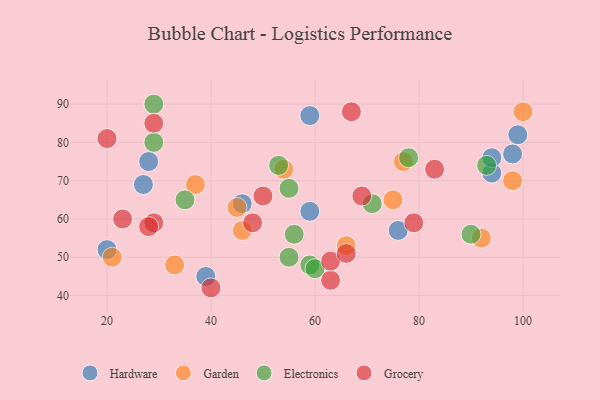
{"axis": {"x": "GDP", "y": "Life Expectancy"}, "legend": ["Electronics", "Garden", "Grocery", "Hardware"], "data": [{"x": "27", "y": 69, "type": "Hardware"}, {"x": "99", "y": 82, "type": "Hardware"}, {"x": "59", "y": 87, "type": "Hardware"}, {"x": "94", "y": 72, "type": "Hardware"}, {"x": "76", "y": 57, "type": "Hardware"}, {"x": "46", "y": 64, "type": "Hardware"}, {"x": "20", "y": 52, "type": "Hardware"}, {"x": "59", "y": 62, "type": "Hardware"}, {"x": "28", "y": 75, "type": "Hardware"}, {"x": "39", "y": 45, "type": "Hardware"}, {"x": "94", "y": 76, "type": "Hardware"}, {"x": "98", "y": 77, "type": "Hardware"}, {"x": "100", "y": 88, "type": "Garden"}, {"x": "37", "y": 69, "type": "Garden"}, {"x": "33", "y": 48, "type": "Garden"}, {"x": "54", "y": 73, "type": "Garden"}, {"x": "75", "y": 65, "type": "Garden"}, {"x": "77", "y": 75, "type": "Garden"}, {"x": "66", "y": 53, "type": "Garden"}, {"x": "92", "y": 55, "type": "Garden"}, {"x": "46", "y": 57, "type": "Garden"}, {"x": "21", "y": 50, "type": "Garden"}, {"x": "45", "y": 63, "type": "Garden"}, {"x": "98", "y": 70, "type": "Garden"}, {"x": "93", "y": 74, "type": "Electronics"}, {"x": "55", "y": 50, "type": "Electronics"}, {"x": "90", "y": 56, "type": "Electronics"}, {"x": "59", "y": 48, "type": "Electronics"}, {"x": "53", "y": 74, "type": "Electronics"}, {"x": "56", "y": 56, "type": "Electronics"}, {"x": "55", "y": 68, "type": "Electronics"}, {"x": "29", "y": 80, "type": "Electronics"}, {"x": "71", "y": 64, "type": "Electronics"}, {"x": "35", "y": 65, "type": "Electronics"}, {"x": "78", "y": 76, "type": "Electronics"}, {"x": "60", "y": 47, "type": "Electronics"}, {"x": "29", "y": 90, "type": "Electronics"}, {"x": "20", "y": 81, "type": "Grocery"}, {"x": "23", "y": 60, "type": "Grocery"}, {"x": "67", "y": 88, "type": "Grocery"}, {"x": "83", "y": 73, "type": "Grocery"}, {"x": "63", "y": 44, "type": "Grocery"}, {"x": "29", "y": 85, "type": "Grocery"}, {"x": "69", "y": 66, "type": "Grocery"}, {"x": "48", "y": 59, "type": "Grocery"}, {"x": "63", "y": 49, "type": "Grocery"}, {"x": "50", "y": 66, "type": "Grocery"}, {"x": "66", "y": 51, "type": "Grocery"}, {"x": "79", "y": 59, "type": "Grocery"}, {"x": "29", "y": 59, "type": "Grocery"}, {"x": "40", "y": 42, "type": "Grocery"}, {"x": "28", "y": 58, "type": "Grocery"}]}